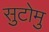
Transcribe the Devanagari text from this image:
सुटोमु